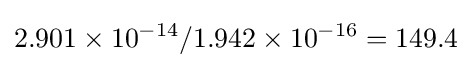
2.901\times 10^{-14}/1.942\times 10^{-16}=149.4